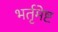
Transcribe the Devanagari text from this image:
भर्तृमेष्ट